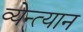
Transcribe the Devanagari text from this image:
व्येन्त्यान